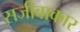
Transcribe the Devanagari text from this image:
सजीवाकार